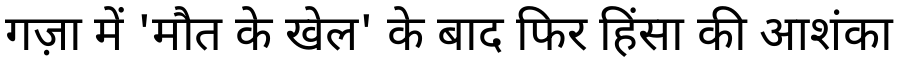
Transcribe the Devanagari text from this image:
गज़ा में 'मौत के खेल' के बाद फिर हिंसा की आशंका